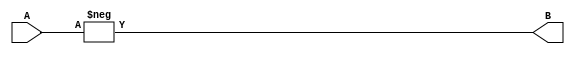
module neg(A, B);
input [31:0] A;
output [31:0] B;
always @ (A) begin
    B = -A;
    end
endmodule